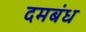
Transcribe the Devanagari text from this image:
दमबंध